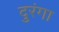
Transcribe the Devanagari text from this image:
दुरंगा